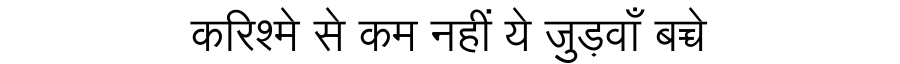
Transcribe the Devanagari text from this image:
करिश्मे से कम नहीं ये जुड़वाँ बच्चे